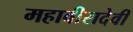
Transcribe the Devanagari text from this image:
महावीरादेवी